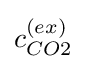
c_{CO2}^{(ex)}